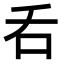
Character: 𠮮